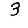
Digit: 3